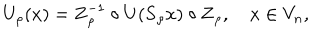
LaTeX: U _ { \rho } ( x ) = \mathbf { Z } _ { \rho } ^ { - 1 } \circ U ( \mathbf { S } _ { \rho } x ) \circ \mathbf { Z } _ { \rho } , \quad x \in V _ { n } ,